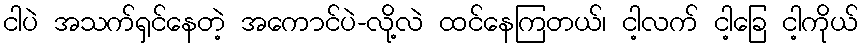
ငါပဲ အသက်ရှင်နေတဲ့ အကောင်ပဲ-လို့လဲ ထင်နေကြတယ်၊ ငါ့လက် ငါ့ခြေ ငါ့ကိုယ်